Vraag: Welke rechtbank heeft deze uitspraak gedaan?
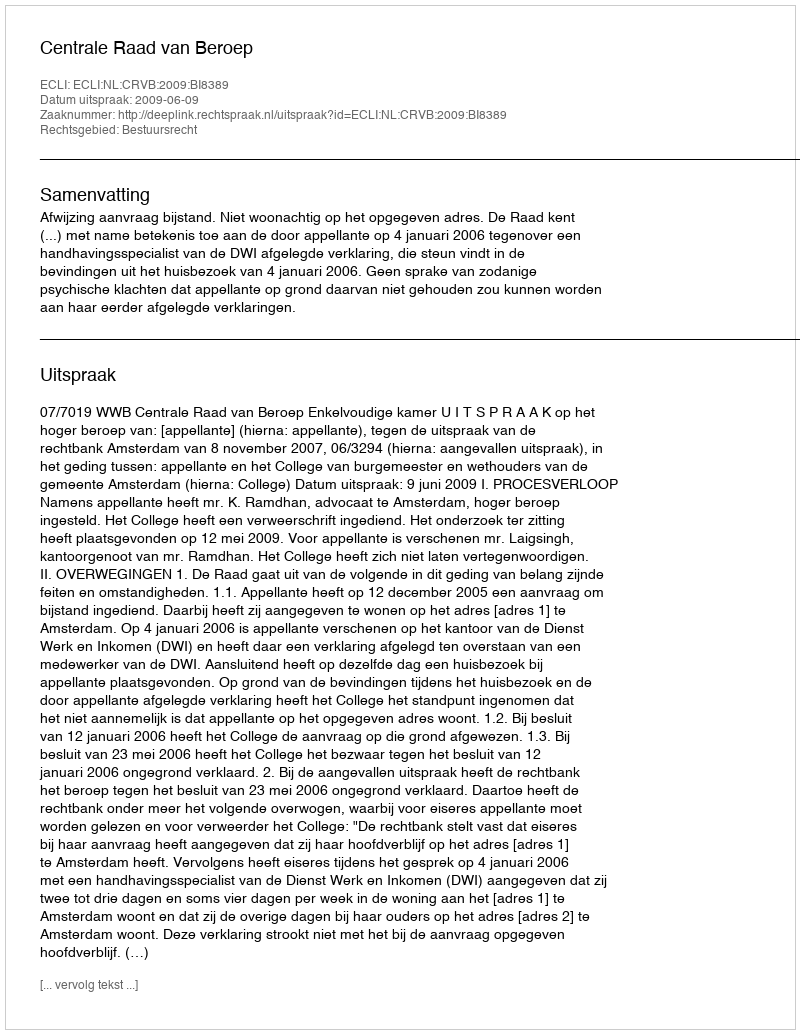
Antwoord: Centrale Raad van Beroep